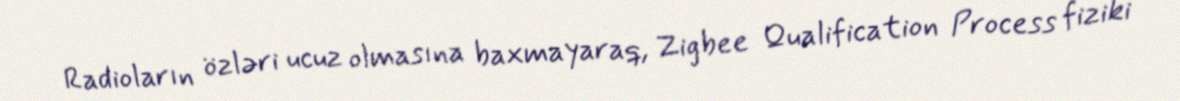
Radioların özləri ucuz olmasına baxmayaraq, Zigbee Qualification Process fiziki